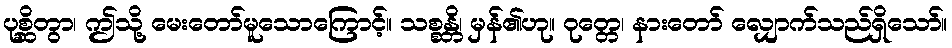
ပုစ္ဆိတွာ၊ ဤသို့ မေးတော်မူသောကြောင့်။ သစ္စန္တိ၊ မှန်၏ဟု။ ဝုတ္တေ၊ နားတော် လျှောက်သည်ရှိသော်။